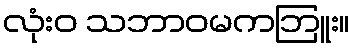
လုံးဝ သဘာဝမကဘြူး။